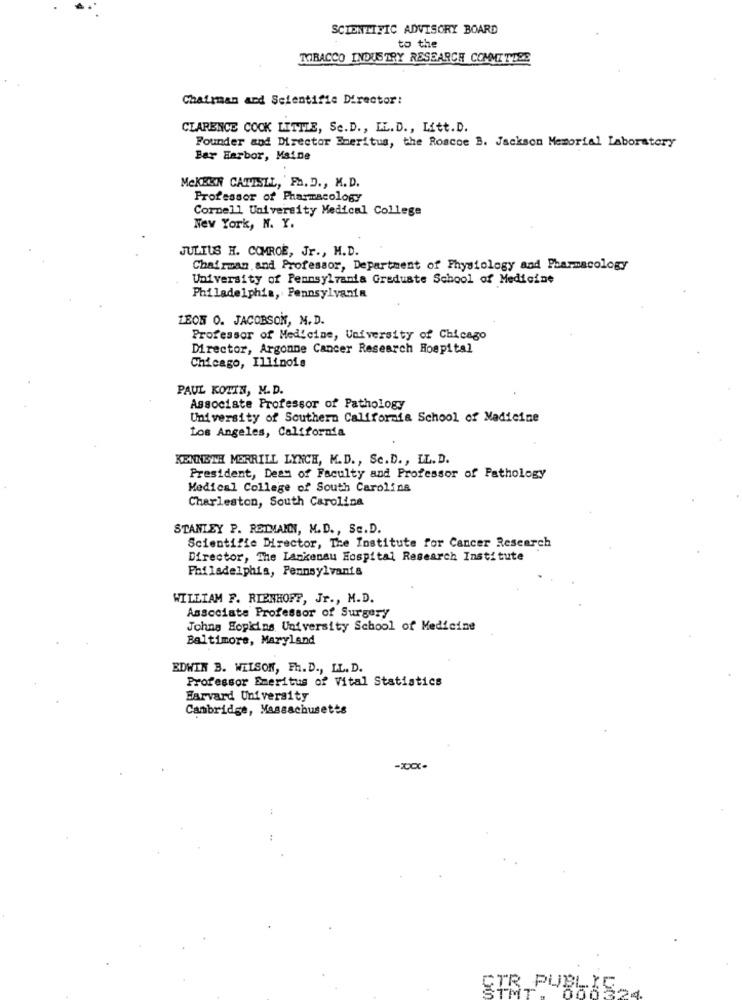
SCIENTIFIC ADVISORY BOARD
to the
TOBACCO INDUSTRY RESEARCH COMMITTEE
Chairman and Scientific Director:
CLARENCE COCK LITTLE, Sc.D ., IL. D ., Litt.D.
Founder and Director Emeritus, the Roscoe B. Jackson Memorial Laboratory
Bar Harbor, Maine
MeKKEN CATISIL, FL. D ., M. D.
Professor of Pharmacology
Cornell University Medical College
New York, N. Y.
JULIUS H. COMROE, Jr ., M.D.
Chairman and Professor, Department of Physiology and Pharmacology
University of Pennsylvania Graduate School of Medicine
Philadelphia, Pennsylvania
LEON O. JACOBSOK, N. D.
Professor of Medicine, University of Chicago
Director, Argonne Cancer Research Hospital
Chicago, Illinois
PAUL KOTIN, M. D.
Associate Professor of Pathology
University of Southern California School of Medicine
Los Angeles, California
KENNETH MERRILL LYNCH, M.D ., Sc. D ., LL.D.
President, Deay of Faculty and Professor of Pathology
Medical College of South Carolina
Charleston, South Carolina
STANLEY P. RETTMANN, M.D ., SE.D.
Scientific Director, The Institute for Cancer Research
Director, The Lankenau Hospital Research Institute
Philadelphia, Pennsylvania
WILLIAM F. RIENHOPP, Jr ., M.D.
Associate Professor of Surgery
Johns Hopkins University School of Medicine
Baltimore, Maryland
EDWIN B. WILSON, Ph. D ., LL. D.
Professor Emeritus of Vital Statistics
Harvard University
Cambridge, Massachusetts
STR PUBLIC